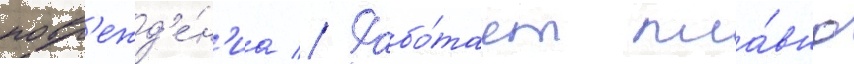
повр'ежд'е́н'иа // Рабо́тает пла́вно